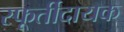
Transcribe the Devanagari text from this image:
स्फूर्तीदायक